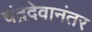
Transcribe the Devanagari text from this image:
चंद्रदेवानंतर